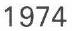
1974